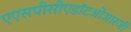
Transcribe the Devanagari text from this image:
एएसपीसीएडॉटओआरजी